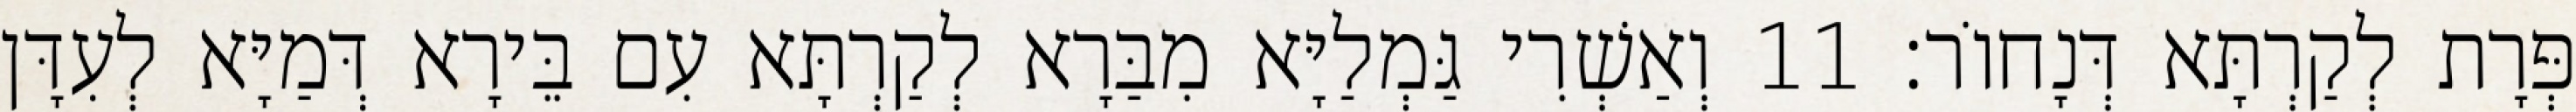
פְּרָת לְקַרְתָּא דְּנָחוֹר׃ 11 וְאַשְׁרִי גַּמְלַיָּא מִבַּרָא לְקַרְתָּא עִם בֵּירָא דְּמַיָּא לְעִדָּן